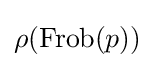
\rho (\operatorname {Frob} (p))